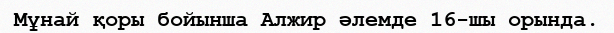
Мұнай қоры бойынша Алжир әлемде 16-шы орында.